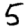
Digit: 5